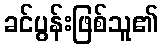
ခင်ပွန်းဖြစ်သူ၏